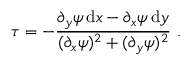
\tau = - \frac { \partial _ { y } \psi \, \mathrm { d } x - \partial _ { x } \psi \, \mathrm { d } y } { ( \partial _ { x } \psi ) ^ { 2 } + ( \partial _ { y } \psi ) ^ { 2 } } \ .